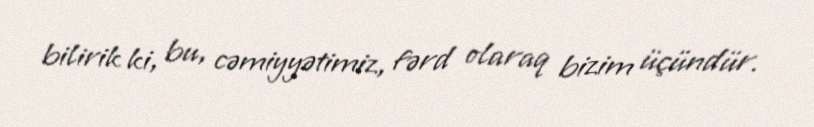
bilirik ki, bu, cəmiyyətimiz, fərd olaraq bizim üçündür.